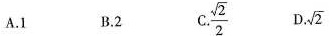
A.1 B.2 C.\frac{\sqrt{2}}{2} D. \sqrt{2}